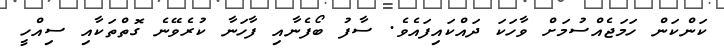
ކަންކަން ހަމަޖެއްސުމަށް ވާހަކަ ދައްކައިފައެވެ. ސާފު ބޯފެނާއި ފާހަނާ ކުރެވޭނެ ގޮތްތަކާއި ސިއްހީ